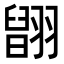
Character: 𦑹